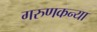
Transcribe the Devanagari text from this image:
गरुणकन्या